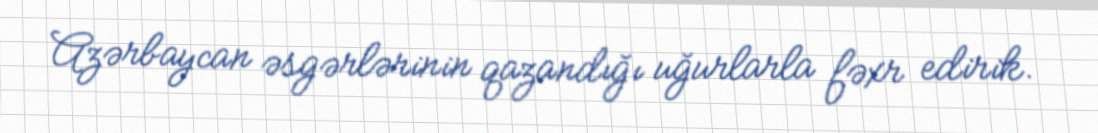
Azərbaycan əsgərlərinin qazandığı uğurlarla fəxr edirik.